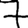
Digit: 7